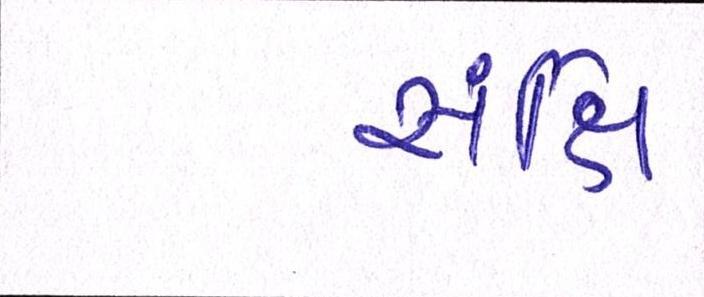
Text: સંક્ષિ